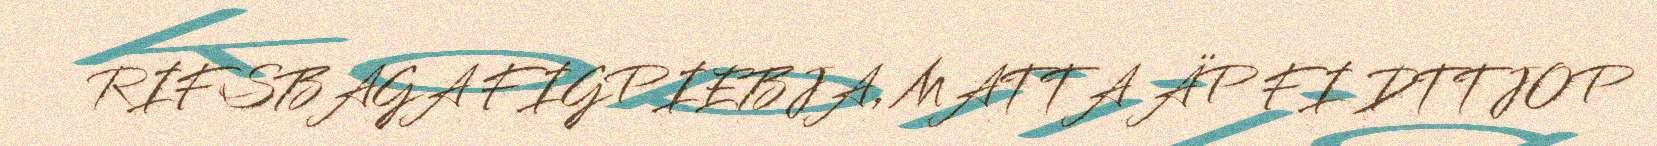
RIFSBAGA FIGPIEBJA, MATTA ÄP FI DTTJOP